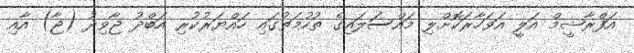
އަފްރާޝީމް އަލީ އަވަހާރަކޮށްލި މައްސަލައިގެ ތުހުމަތުގައި ހައްޔަރުކުރި އަބްދު ޖާވިދު (ޖާ) އާއި